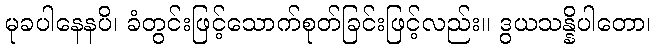
မုခပါနေနပိ၊ ခံတွင်းဖြင့်သောက်စုတ်ခြင်းဖြင့်လည်း။ ဒွယသန္နိပါတော၊